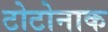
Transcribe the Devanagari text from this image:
टोटोनाक